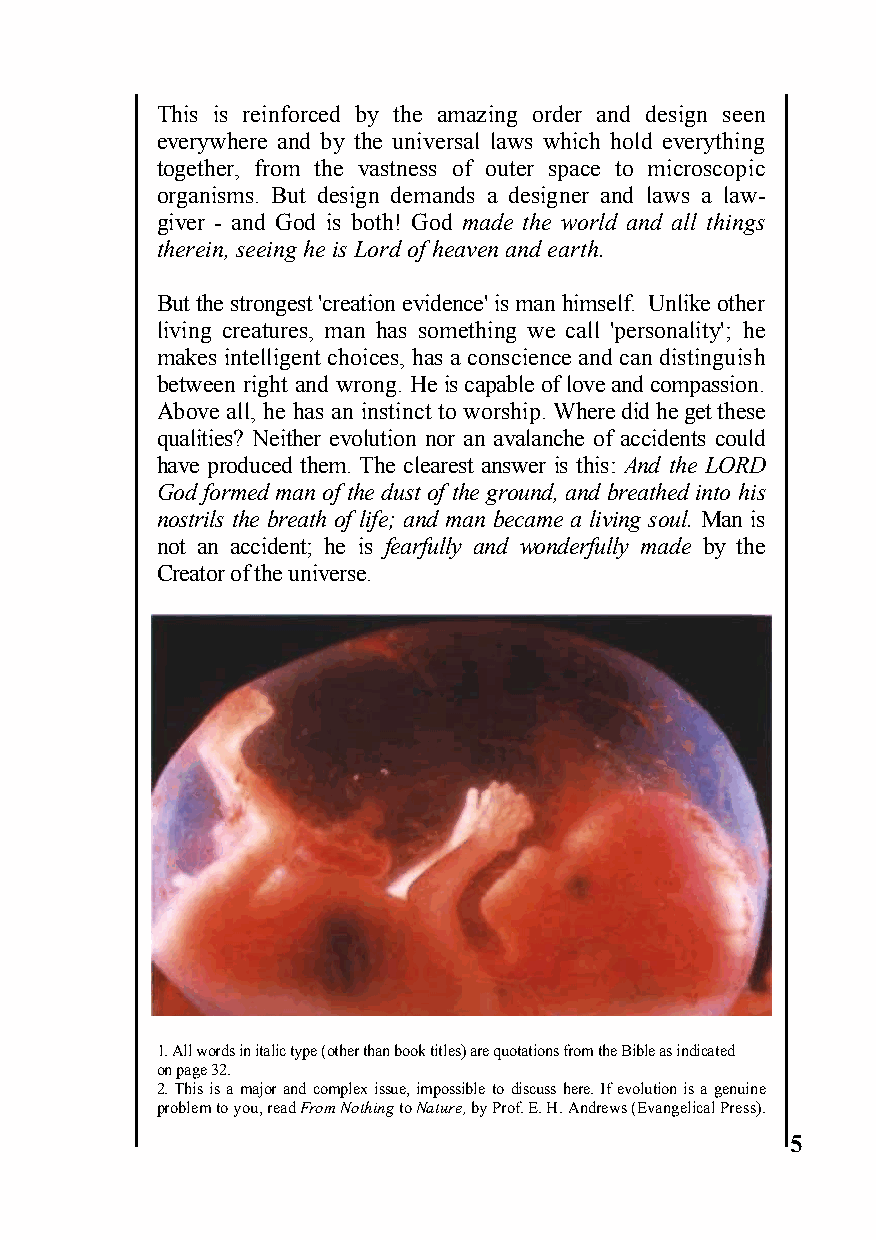
This is reinforced by the amazing order and design seen
 everywhere and by the universal laws which hold everything
 together, from the vastness of outer space to microscopic
 organisms. But design demands a designer and laws a law-
 giver - and God is both! God made the world and all things
 therein, seeing he is Lord of heaven and earth.
 But the strongest 'creation evidence' is man himself. Unlike other
 living creatures, man has something we call 'personality'; he
 makes intelligent choices, has a conscience and can distinguish
 between right and wrong. He is capable of love and compassion.
 Above all, he has an instinct to worship. Where did he get these
 qualities? Neither evolution nor an avalanche of accidents could
 have produced them. The clearest answer is this: And the LORD
 God formed man of the dust of the ground, and breathed into his
 nostrils the breath of life; and man became a living soul. Man is
 not an accident; he is fearfully and wonderfully made by the
 Creator of the universe.
 1. All words in italic type (other than book titles) are quotations from the Bible as indicated
 on page 32.
 2. This is a major and complex issue, impossible to discuss here. If evolution is a genuine
 problem to you, read From Nothing to Nature, by Prof. E. H. Andrews (Evangelical Press).
 5